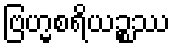
ဗြဟ္မစရိယဉ္စဿ